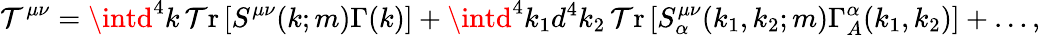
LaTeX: \mathcal{T}^{\mu\nu}=\intd^{4}k\, {\mathrm{{\mathcal{T}r}}}\left[S^{\mu\nu}(k;m)\Gamma(k)\right]+\intd^{4}k_{1}d^{4}k_{2}\, {\mathrm{{\mathcal{T}r}}}\left[S_{\alpha}^{\mu\nu}(k_{1},k_{2};m)\Gamma_{A}^{\alpha}(k_{1},k_{2})\right]+\ldots,